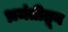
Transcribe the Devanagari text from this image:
भ्रमंतीतून